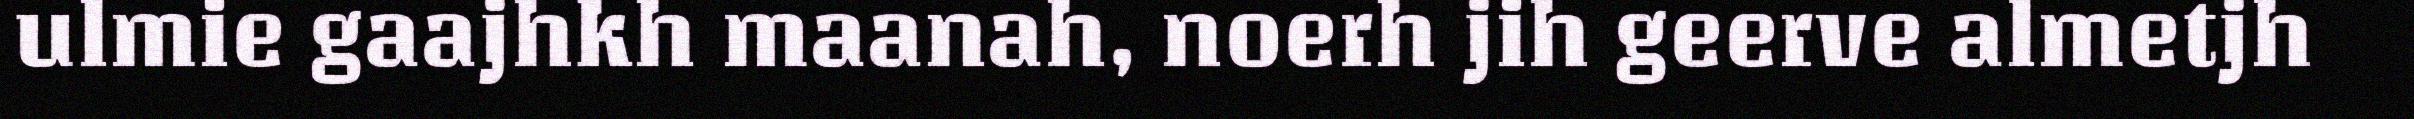
ulmie gaajhkh maanah, noerh jih geerve almetjh